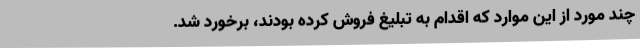
چند مورد از این موارد که اقدام به تبلیغ فروش کرده بودند، برخورد شد.